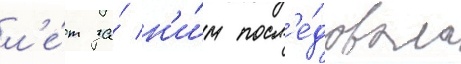
л'е́т за́ н'и́м посл'е́довала